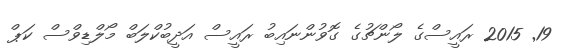
19